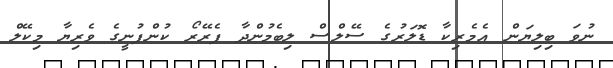
ނުވަ ބިލިޔަން އެމެރިކާ ޑޮލަރުގެ ސޭލްސް ލިބެމުންދާ ފެރޭރޯ ކުންފުނީގެ ވެރިޔާ މިކޭލް